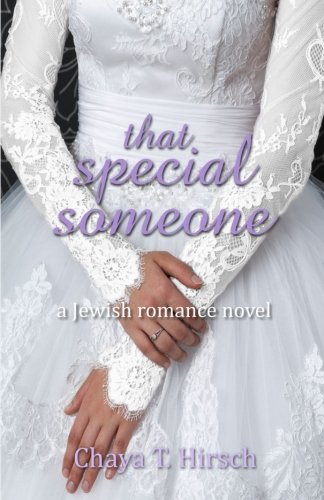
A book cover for That Special Someone (a Jewish Romance Novel); Chaya T. Hirsch; Religion & Spirituality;